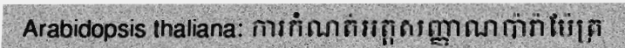
Arabidopsis thaliana: ការកំណត់អត្តសញ្ញាណប៉ារ៉ាម៉ែត្រ